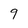
Character: 9